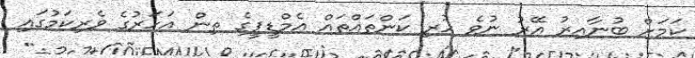
ކަމަށް ބުނާއިރު އޭރު ނުވެ ހުރި ކަންތައްތައް އެމްޑީޕީގެ ތިން އަހަރުގެ ވެރިކަމުގައި